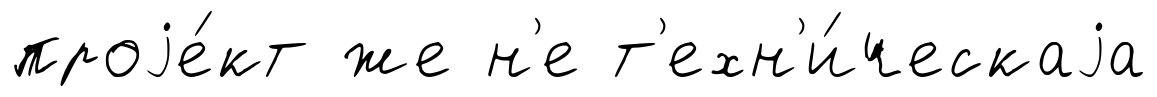
проjе́кт же н'е т'ехн'и́ческаjа